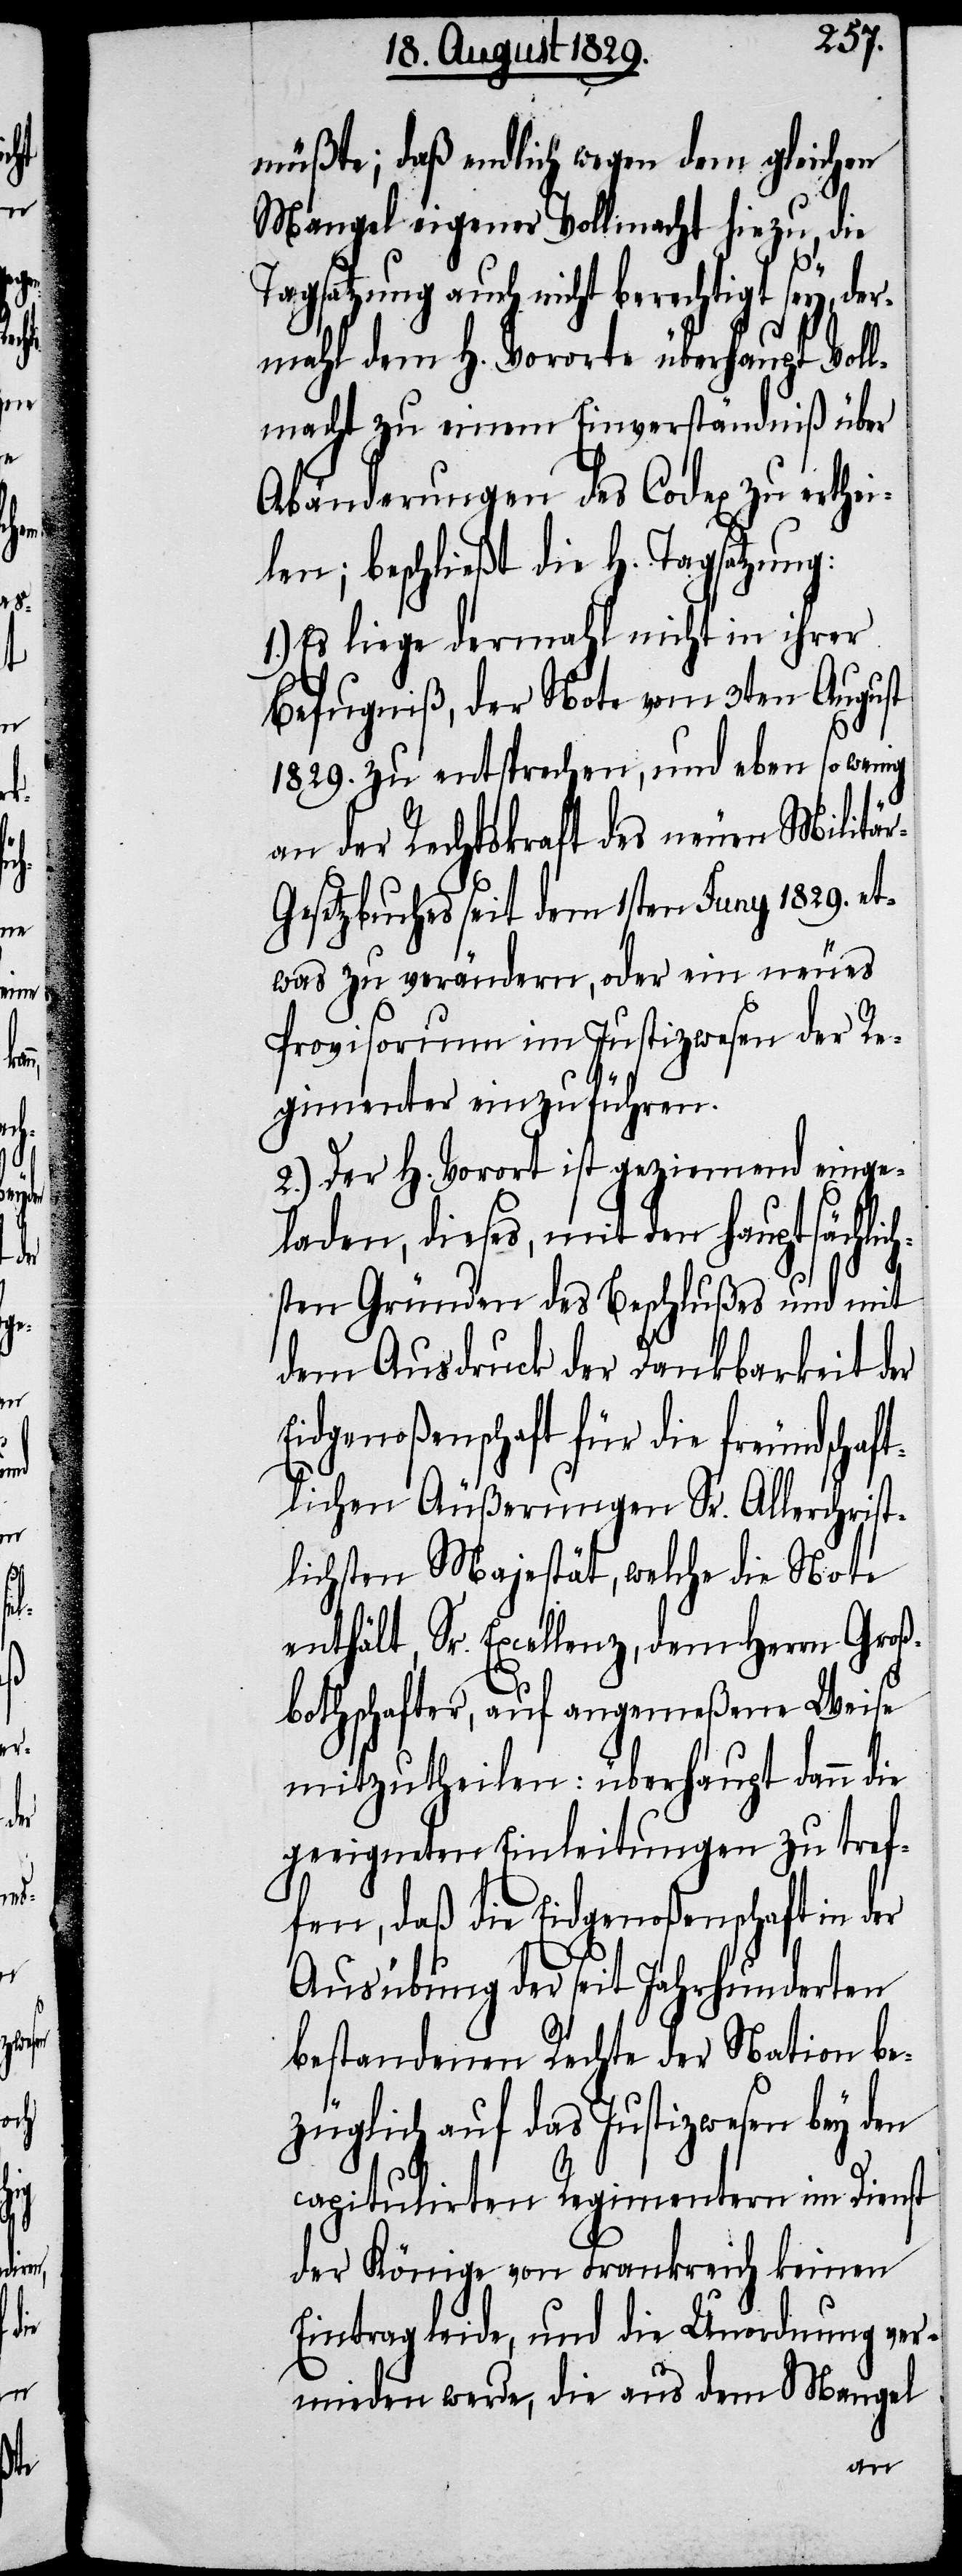
müßte; daß endlich wegen dem gleichen
Mangel eigener Vollmacht hiezu, die
Tagsatzung auch nicht berechtigt sey,
mahl dem H. Vororte überhaupt Voll¬
macht zu einem Einverständniß über
Abänderung des Codex zu erthei¬
len; beschließt die H. Tagsatzung:
1.) Es liege dermahl nicht in ihrer
Befugniß, der Note vom 3ten August
1829. zu entsprechen, und eben so wenig
an der Rechtskraft des neuen Militär-G¬
esetzbuches seit dem 1sten Juny 1829. et¬
was zu verändern, oder ein neues
Provisorium im Justizwesen der Re¬
gimenter einzuführen.
2.) Der H. Vorort ist geziemend einge¬
laden, dieses, mit den hauptsächlic¬
hsten Gründen des Beschlußes und mit
dem Ausdruck der Dankbarkeit der
Eidgenoßenschaft für die freundschaf¬
tlichen Äußerungen Sr. Allerchrist¬
lichsten Majestät, welche die Note
enthält, Sr. Excellenz, dem Herrn Groß¬
bothschafter, auf angemeßene Weise
mitzutheilen: überhaupt dann die
geeigneten Einleitungen zu tref¬
fen, daß die Eidgenoßenschaft in der
Ausübung der seit Jahrhunderten
bestandenen Rechte der Nation be¬
züglich auf das Justizwesen bey den
capitulirten Regimentern im Dienst
der Könige von Frankreich keinen
Eintrag leide, und die Unordnung ver¬
mieden werden, die aus dem Mangel
der¬